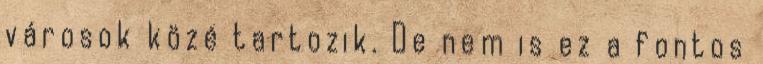
városok közé tartozik. De nem is ez a fontos